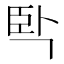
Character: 𰯮